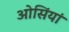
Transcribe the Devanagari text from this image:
ओसिंयां